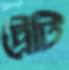
ট্রেটি